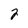
Character: 2